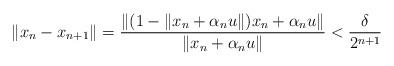
LaTeX: \begin{align*}\|x_n-x_{n+1}\| =\frac{\|(1-\|x_n+\alpha_n u\|)x_n+\alpha_n u\|}{\|x_n+\alpha_n u\|}<\frac{\delta}{2^{n+1}}\end{align*}